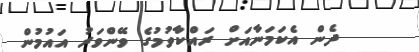
ދެން އެކަމަނާއަށް ރައްކާވުމުގެ ވޭންވަރު އައުމުން